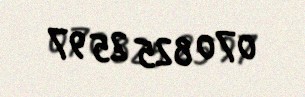
070 825 25 97